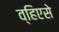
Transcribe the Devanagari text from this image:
व्हिएसे